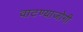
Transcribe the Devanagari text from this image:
वाटण्याजोगी